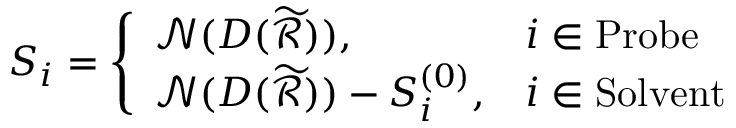
S _ { i } = \left\{ \begin{array} { l l } { \mathcal { N } ( D ( \widetilde { \mathcal { R } } ) ) , } & { i \in \mathrm { P r o b e } } \\ { \mathcal { N } ( D ( \widetilde { \mathcal { R } } ) ) - S _ { i } ^ { ( 0 ) } , } & { i \in \mathrm { S o l v e n t } } \end{array} \right.